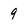
Character: 9